65_HS1-834228961_62-HQ-83894_Section_5
Agency: FBI
Page 191
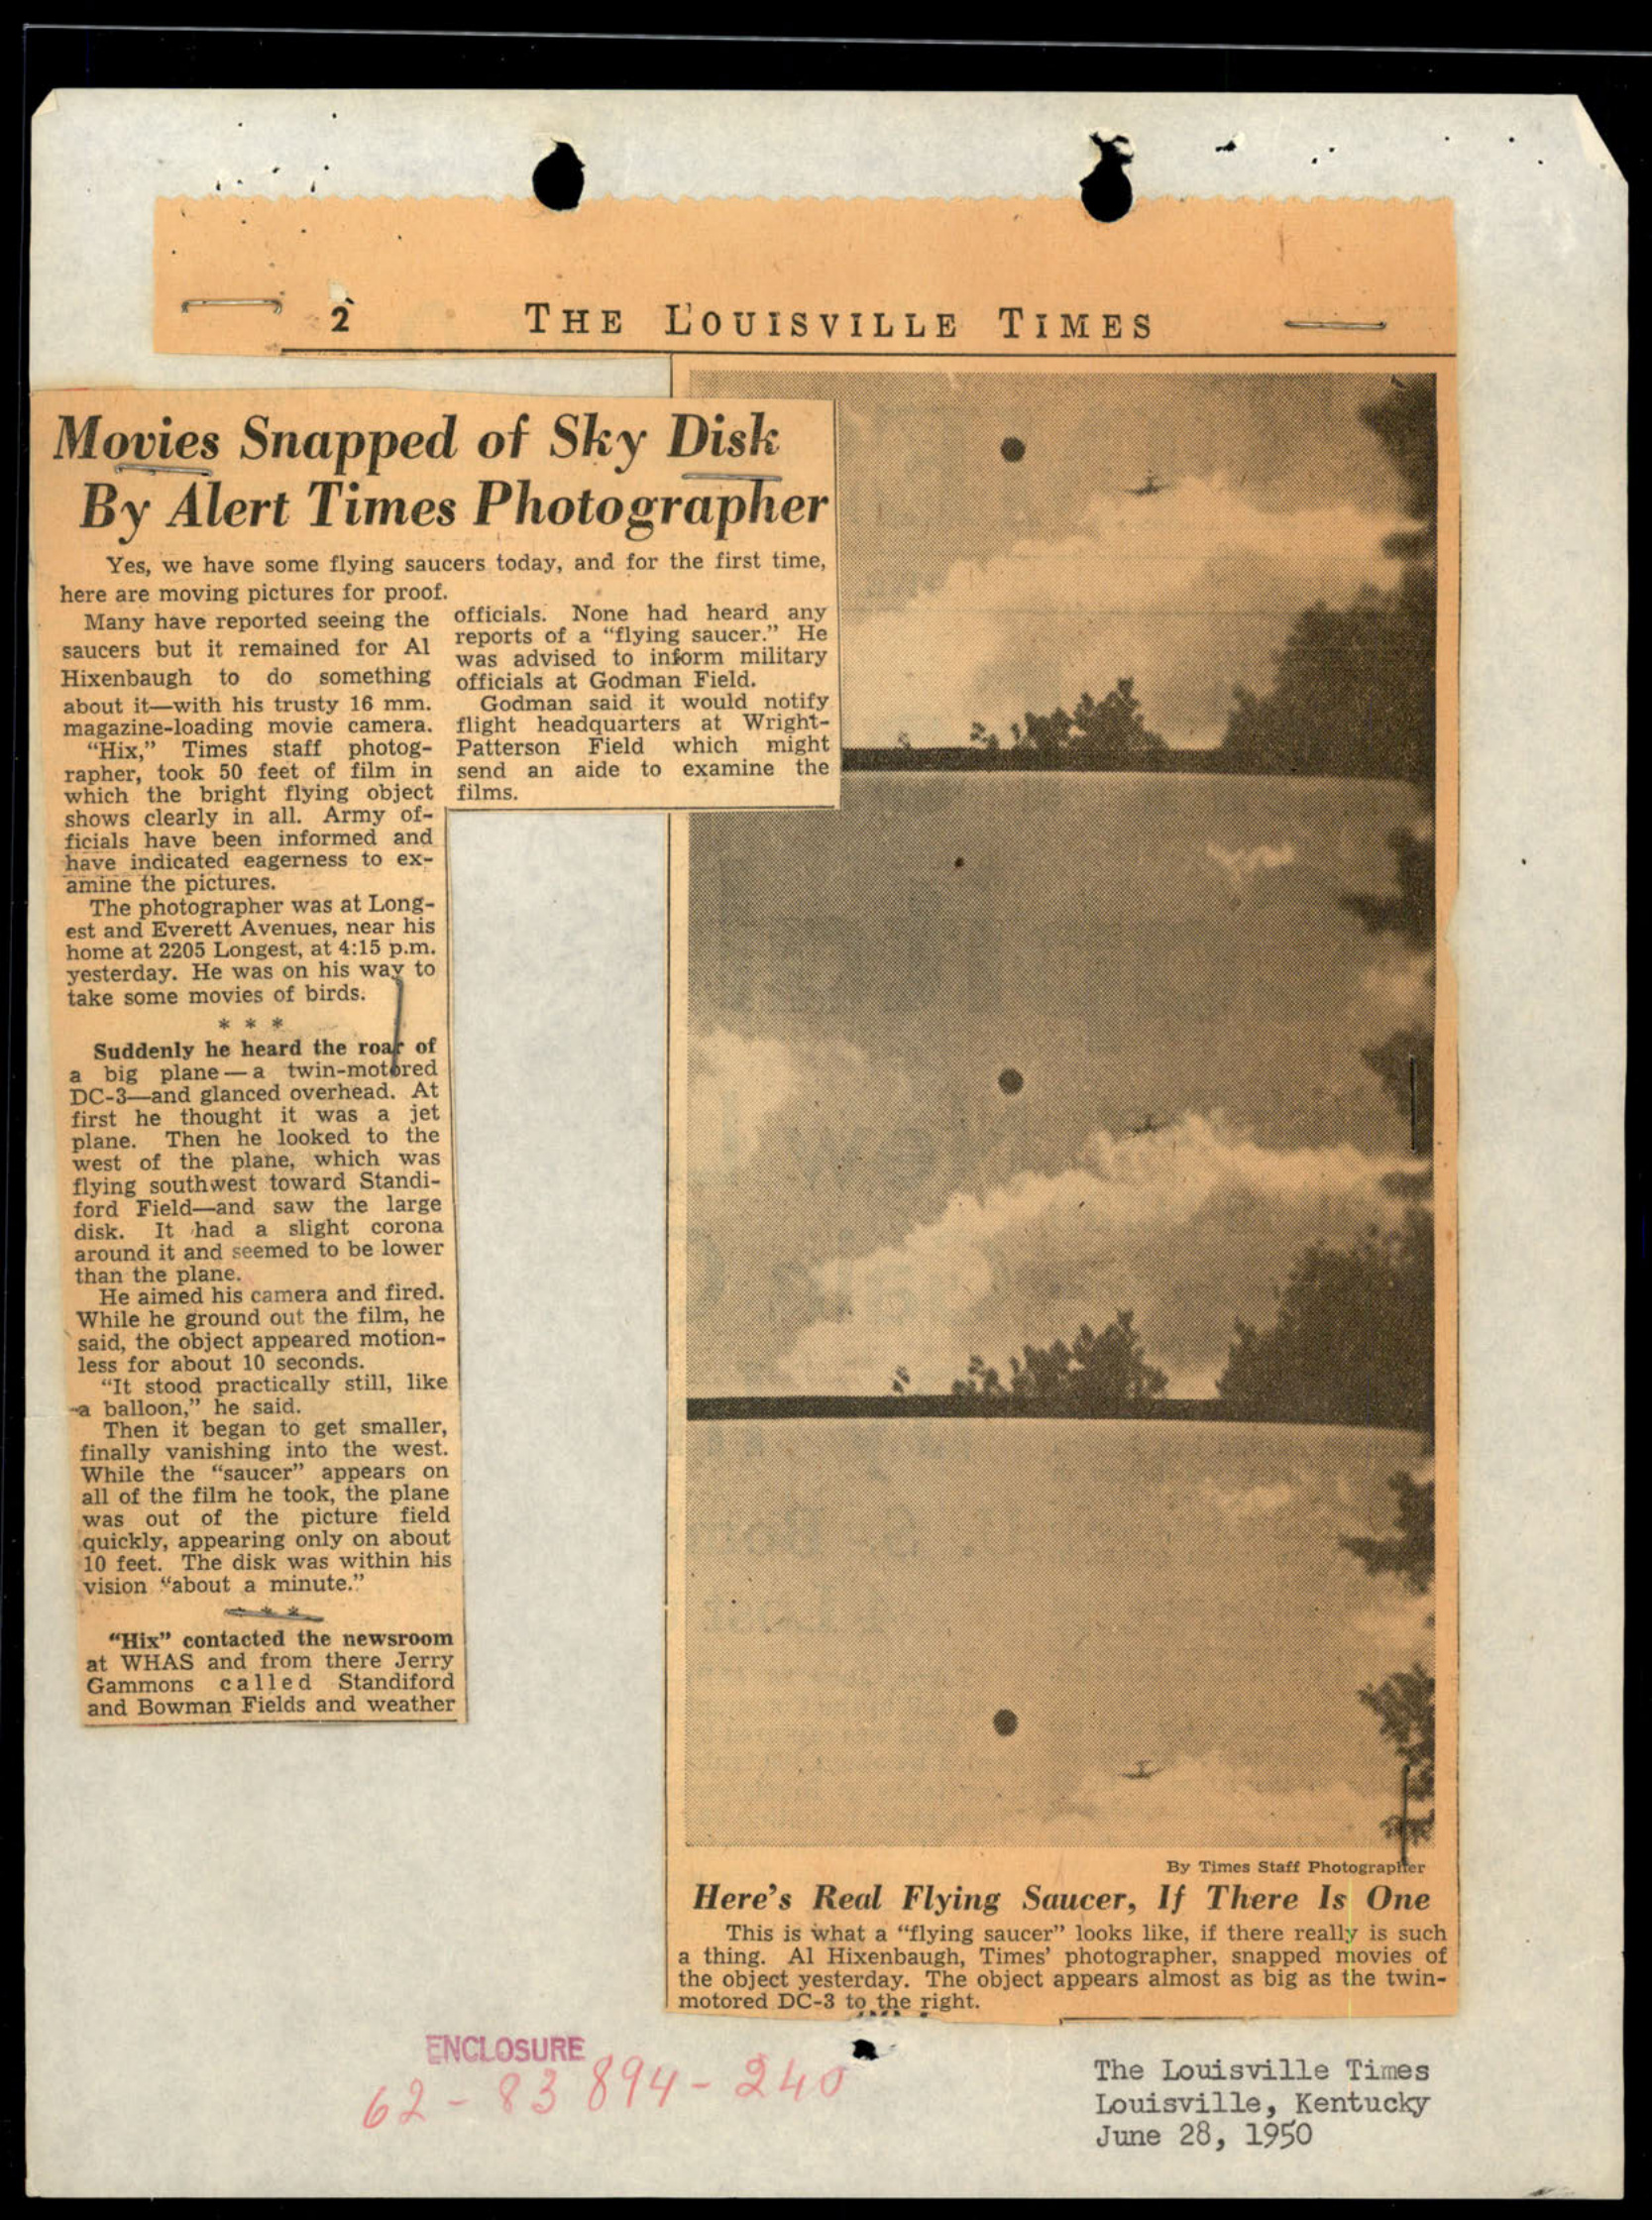